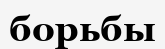
борьбы